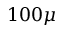
1 0 0 \mu